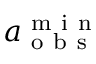
a _ { \mathrm { ~ o ~ b ~ s ~ } } ^ { \mathrm { ~ m ~ i ~ n ~ } }